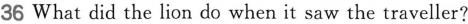
36 What did the lion do whenit saw the traveller?